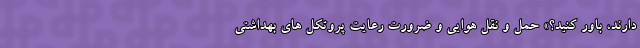
دارند، باور ‌کنید؟» حمل و نقل هوایی و ضرورت رعایت پروتکل های بهداشتی